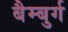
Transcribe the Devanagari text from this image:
बैम्बुर्ग